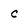
Character: c